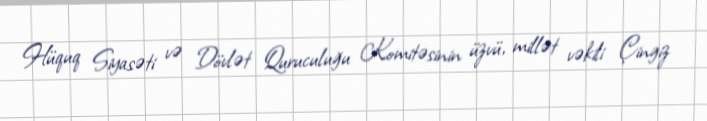
Hüquq Siyasəti və Dövlət Quruculuğu Komitəsinin üzvü, millət vəkili Çingiz